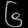
Digit: ၆